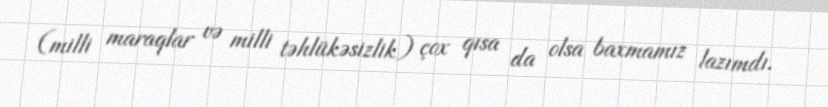
(milli maraqlar və milli təhlükəsizlik) çox qısa da olsa baxmamız lazımdı.